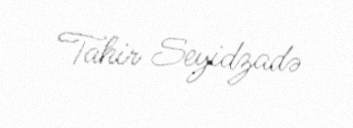
Tahir Seyidzadə